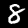
Label: 8